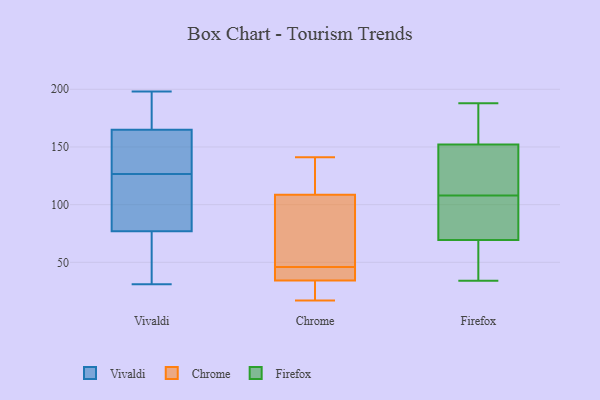
{"axis": {"x": "Population (Million)", "y": "Value"}, "legend": ["Chrome", "Firefox", "Vivaldi"], "data": [{"x": "", "y": 177, "type": "Vivaldi"}, {"x": "", "y": 72, "type": "Vivaldi"}, {"x": "", "y": 154, "type": "Vivaldi"}, {"x": "", "y": 130, "type": "Vivaldi"}, {"x": "", "y": 197, "type": "Vivaldi"}, {"x": "", "y": 137, "type": "Vivaldi"}, {"x": "", "y": 94, "type": "Vivaldi"}, {"x": "", "y": 154, "type": "Vivaldi"}, {"x": "", "y": 77, "type": "Vivaldi"}, {"x": "", "y": 198, "type": "Vivaldi"}, {"x": "", "y": 36, "type": "Vivaldi"}, {"x": "", "y": 71, "type": "Vivaldi"}, {"x": "", "y": 114, "type": "Vivaldi"}, {"x": "", "y": 165, "type": "Vivaldi"}, {"x": "", "y": 179, "type": "Vivaldi"}, {"x": "", "y": 31, "type": "Vivaldi"}, {"x": "", "y": 98, "type": "Vivaldi"}, {"x": "", "y": 123, "type": "Vivaldi"}, {"x": "", "y": 35, "type": "Chrome"}, {"x": "", "y": 46, "type": "Chrome"}, {"x": "", "y": 32, "type": "Chrome"}, {"x": "", "y": 122, "type": "Chrome"}, {"x": "", "y": 82, "type": "Chrome"}, {"x": "", "y": 135, "type": "Chrome"}, {"x": "", "y": 36, "type": "Chrome"}, {"x": "", "y": 17, "type": "Chrome"}, {"x": "", "y": 104, "type": "Chrome"}, {"x": "", "y": 31, "type": "Chrome"}, {"x": "", "y": 141, "type": "Chrome"}, {"x": "", "y": 44, "type": "Chrome"}, {"x": "", "y": 90, "type": "Chrome"}, {"x": "", "y": 112, "type": "Firefox"}, {"x": "", "y": 84, "type": "Firefox"}, {"x": "", "y": 158, "type": "Firefox"}, {"x": "", "y": 34, "type": "Firefox"}, {"x": "", "y": 101, "type": "Firefox"}, {"x": "", "y": 65, "type": "Firefox"}, {"x": "", "y": 108, "type": "Firefox"}, {"x": "", "y": 157, "type": "Firefox"}, {"x": "", "y": 73, "type": "Firefox"}, {"x": "", "y": 132, "type": "Firefox"}, {"x": "", "y": 41, "type": "Firefox"}, {"x": "", "y": 43, "type": "Firefox"}, {"x": "", "y": 176, "type": "Firefox"}, {"x": "", "y": 138, "type": "Firefox"}, {"x": "", "y": 68, "type": "Firefox"}, {"x": "", "y": 99, "type": "Firefox"}, {"x": "", "y": 118, "type": "Firefox"}, {"x": "", "y": 157, "type": "Firefox"}, {"x": "", "y": 188, "type": "Firefox"}]}